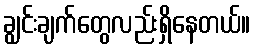
ချွင်းချက်တွေလည်းရှိနေတယ်။